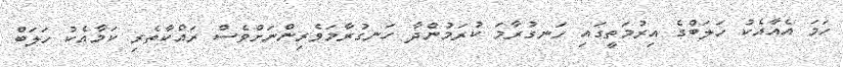
ހަމަ އެއާއެކު ހަލަބްގެ އިރުމަތީގައި ހަނގުރާމަ ކުރަމުންދާ ހަނގުރާމަވެރިންނަށްވެސް ރައްކާތެރި ކަމާއެކު ހަލަބް